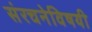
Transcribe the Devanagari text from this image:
संरचनेविषयी